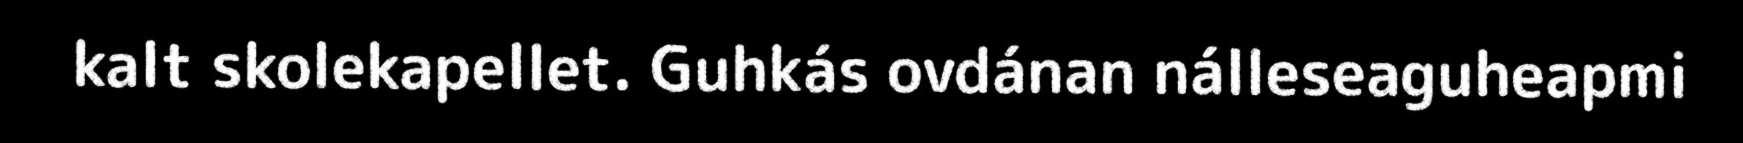
kalt skolekapellet. Guhkás ovdánan nálleseaguheapmi